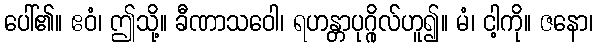
ပေါ်၏။ ဧဝံ၊ ဤသို့။ ခီဏာသဝေါ၊ ရဟန္တာပုဂ္ဂိုလ်ဟူ၍။ မံ၊ ငါ့ကို။ ဇနော၊